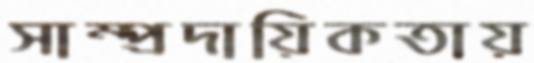
সাম্প্রদায়িকতায়